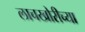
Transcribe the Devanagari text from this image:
लाचखोरीच्या